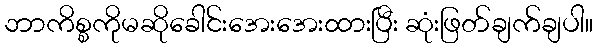
ဘာကိစ္စကိုမဆိုခေါင်းအေးအေးထားပြီး ဆုံးဖြတ်ချက်ချပါ။